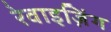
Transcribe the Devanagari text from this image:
रेवाइज़िंग